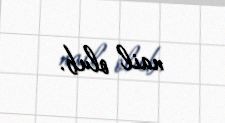
nail olub.